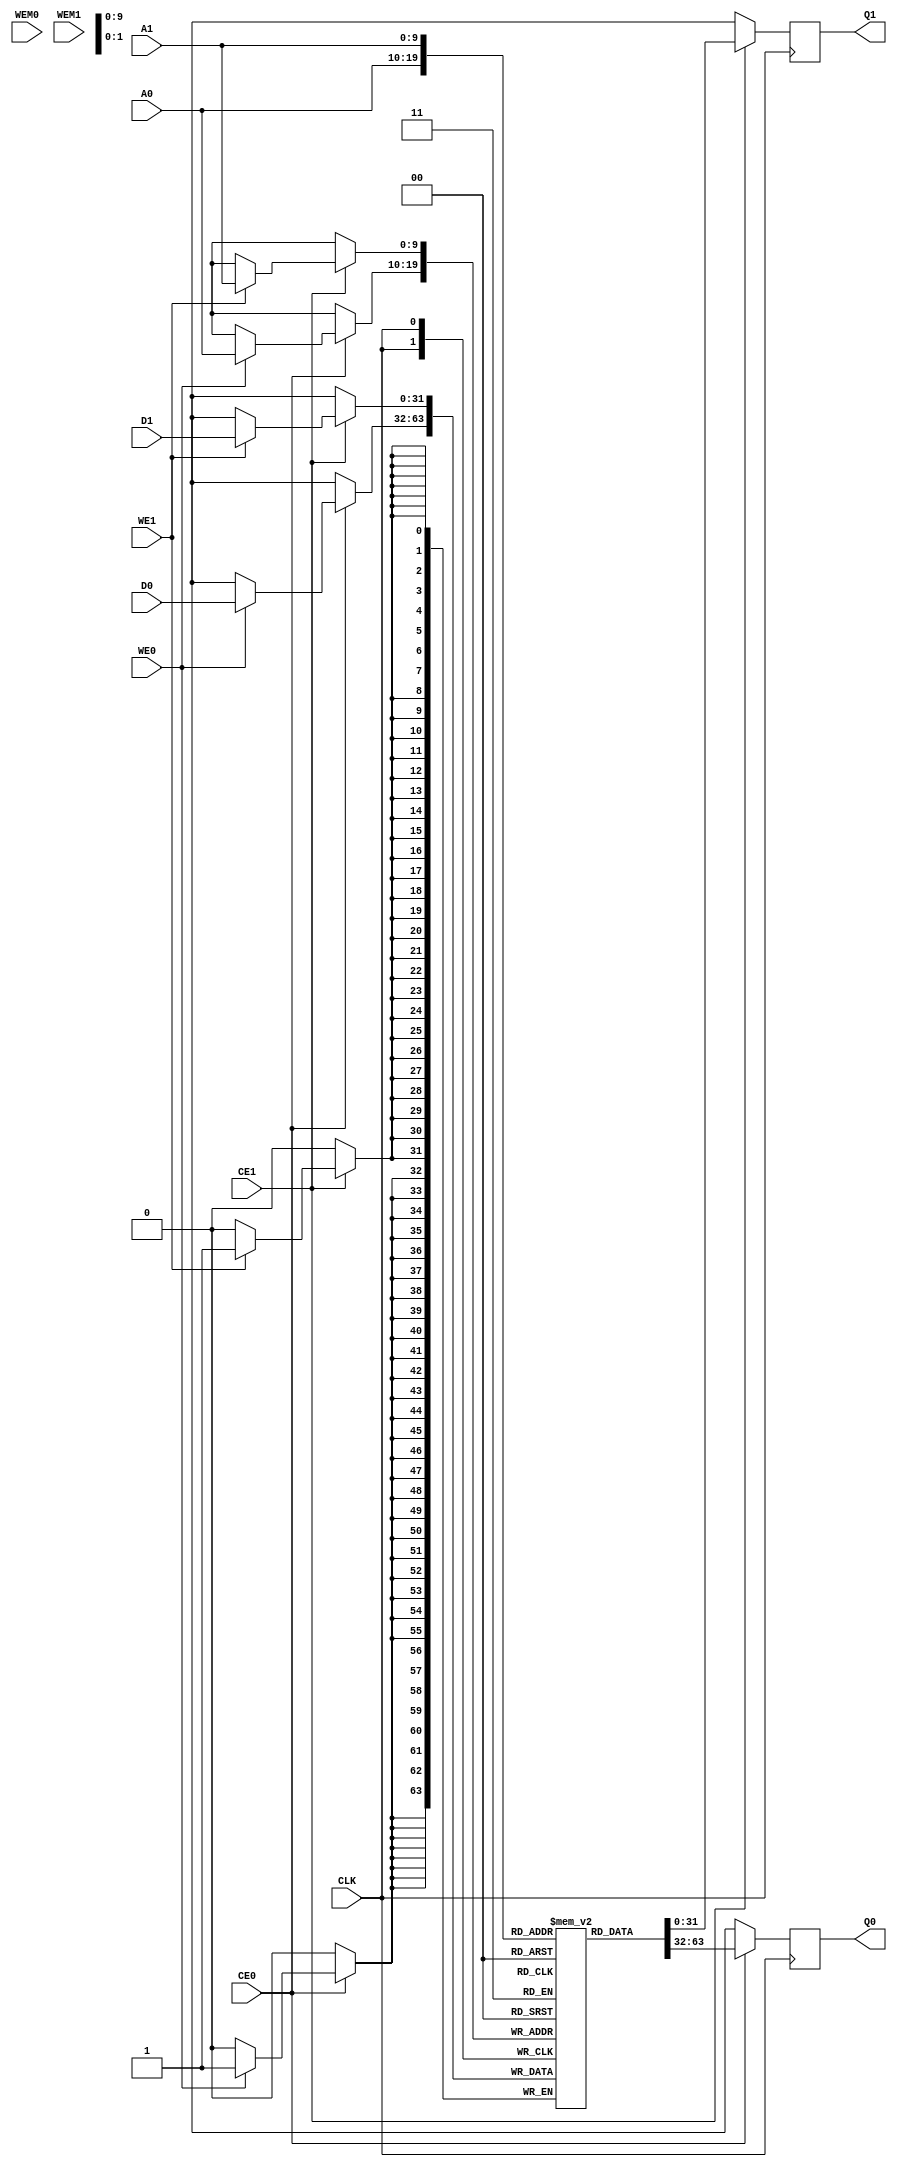
module SRAM2S_1024X32(
	input CLK,
	
	input CE0,
	input[9:0] A0,
	input[31:0] D0,
	input WE0,
	input [31:0] WEM0,
	output reg[31:0] Q0,
	
	input CE1,
	input[9:0] A1,
	input[31:0] D1,
	input WE1,
	input [31:0] WEM1,
	output reg[31:0] Q1
	);
	
	reg[31:0] mem[0:1023];
	
	always @(posedge CLK) begin
		if(CE0) begin
			Q0 <= mem[A0];
			if(WE0)
				mem[A0] <= D0;
		end
		else
			Q0 <= 32'hxxxxxxxx;
	end
	
	always @(posedge CLK) begin
		if(CE1) begin
			Q1 <= mem[A1];
			if(WE1)
				mem[A1] <= D1;
		end
		else
			Q1 <= 32'hxxxxxxxx;
	end
	
endmodule